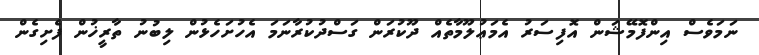
ނަމަވެސް އިންފޮމޭޝަން އޮފިސަރު އެމަޢުލޫމާތެއް ދޫކުރަން ގަސްދުކުރާނަމަ އެހުށަހެޅުން ލިބުނު ތާރީޚުން ފެށިގެން